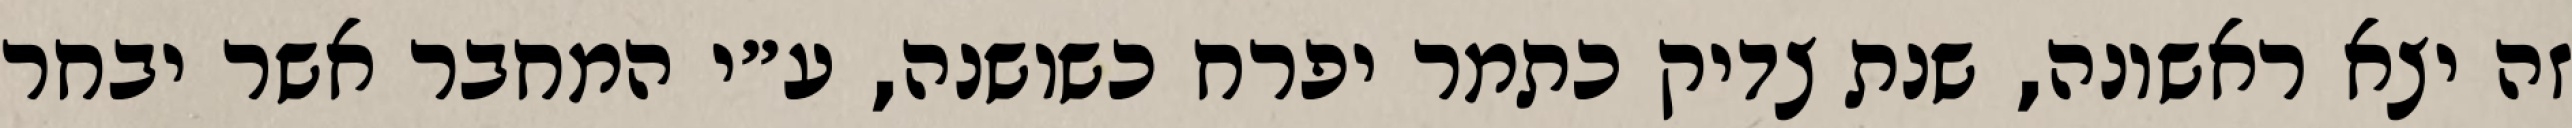
זה יצא ראשונה, שנת צדיק כתמר יפרח כשושנה, ע״י המחבר אשר יבחר